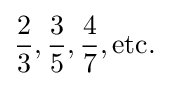
{2 \over 3},{3 \over 5},{4 \over 7},{\mbox{etc.}}